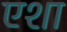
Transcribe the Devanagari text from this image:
एशा